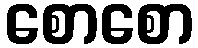
စောစော